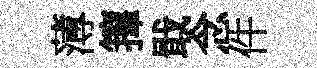
薄籜戢念件